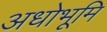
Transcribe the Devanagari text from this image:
अधोभूमि